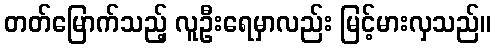
တတ်မြောက်သည့် လူဦးရေမှာလည်း မြင့်မားလှသည်။